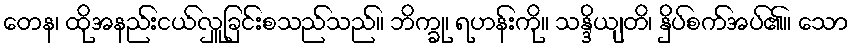
တေန၊ ထိုအနည်းငယ်လှူခြင်းစသည်သည်။ ဘိက္ခု၊ ရဟန်းကို။ သန္ဒိယျတိ၊ နှိပ်စက်အပ်၏။ သော